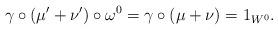
LaTeX: \begin{align*} \gamma\circ(\mu'+\nu')\circ\omega^0=\gamma\circ (\mu+\nu)=1_{W^0}.\end{align*}